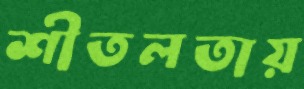
শীতলতায়